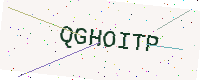
Text: QGHOITP